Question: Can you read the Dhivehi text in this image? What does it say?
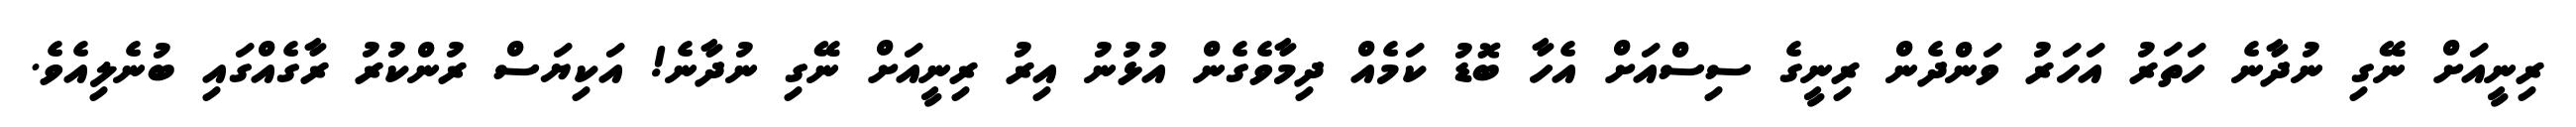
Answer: ރިނީއަށް ނޭގި ނުދާނެ ހަތަރު އަހަރު ވަންދެން ރިނީގެ ސިސްއަށް އެހާ ބޮޑު ކަމެއް ދިމާވެގެން އުޅުނު އިރު ރިނީއަށް ނޭގި ނުދާނެ! އަކިޔަސް ރުންކުރު ރާގެއްގައި ބުނެލިއެވެ.